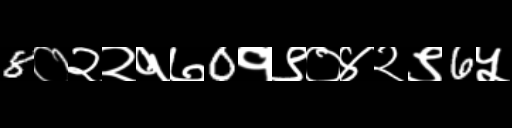
Text: 8०२२१७0१९०४२९6५